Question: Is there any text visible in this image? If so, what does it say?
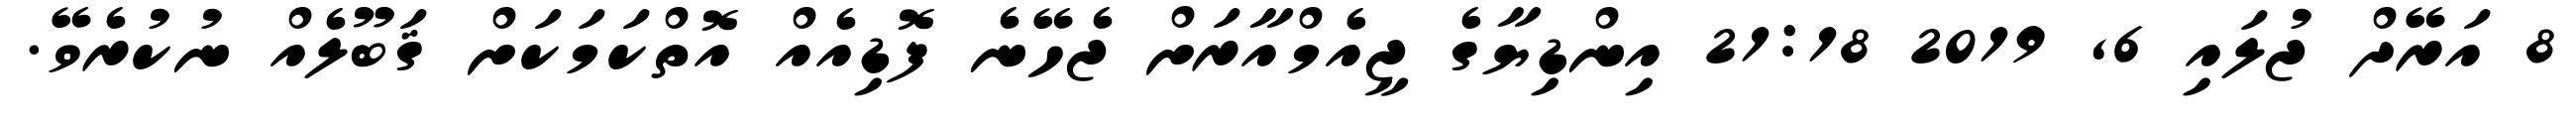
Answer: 8 އަރޭދް ޖުލައި 6, 2019 21:18 އިންޑިޔާގެ ޖީއެމްއާރަށް ޖެހޭނެ ފޮޑިއެއް އޮތްކަމަކަށް ޤަބޫލެއް ނުކުރެވޭ.